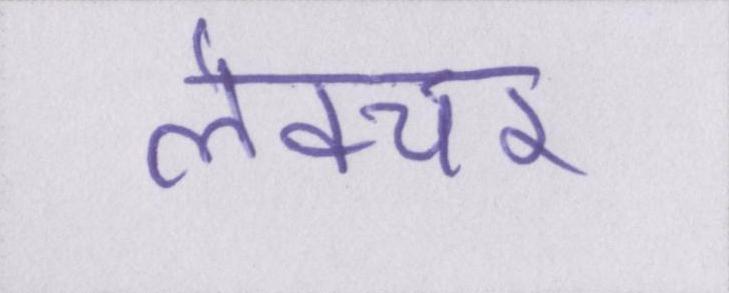
लेक्चर